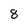
Character: 8